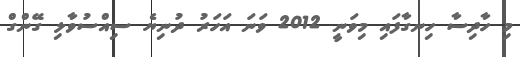
މި ހާދިސާ ހިނގާފައި މިވަނީ 2012 ވަނަ އަހަރު ދުނިޔެ ސިއްސުވާލި ގޭންގް